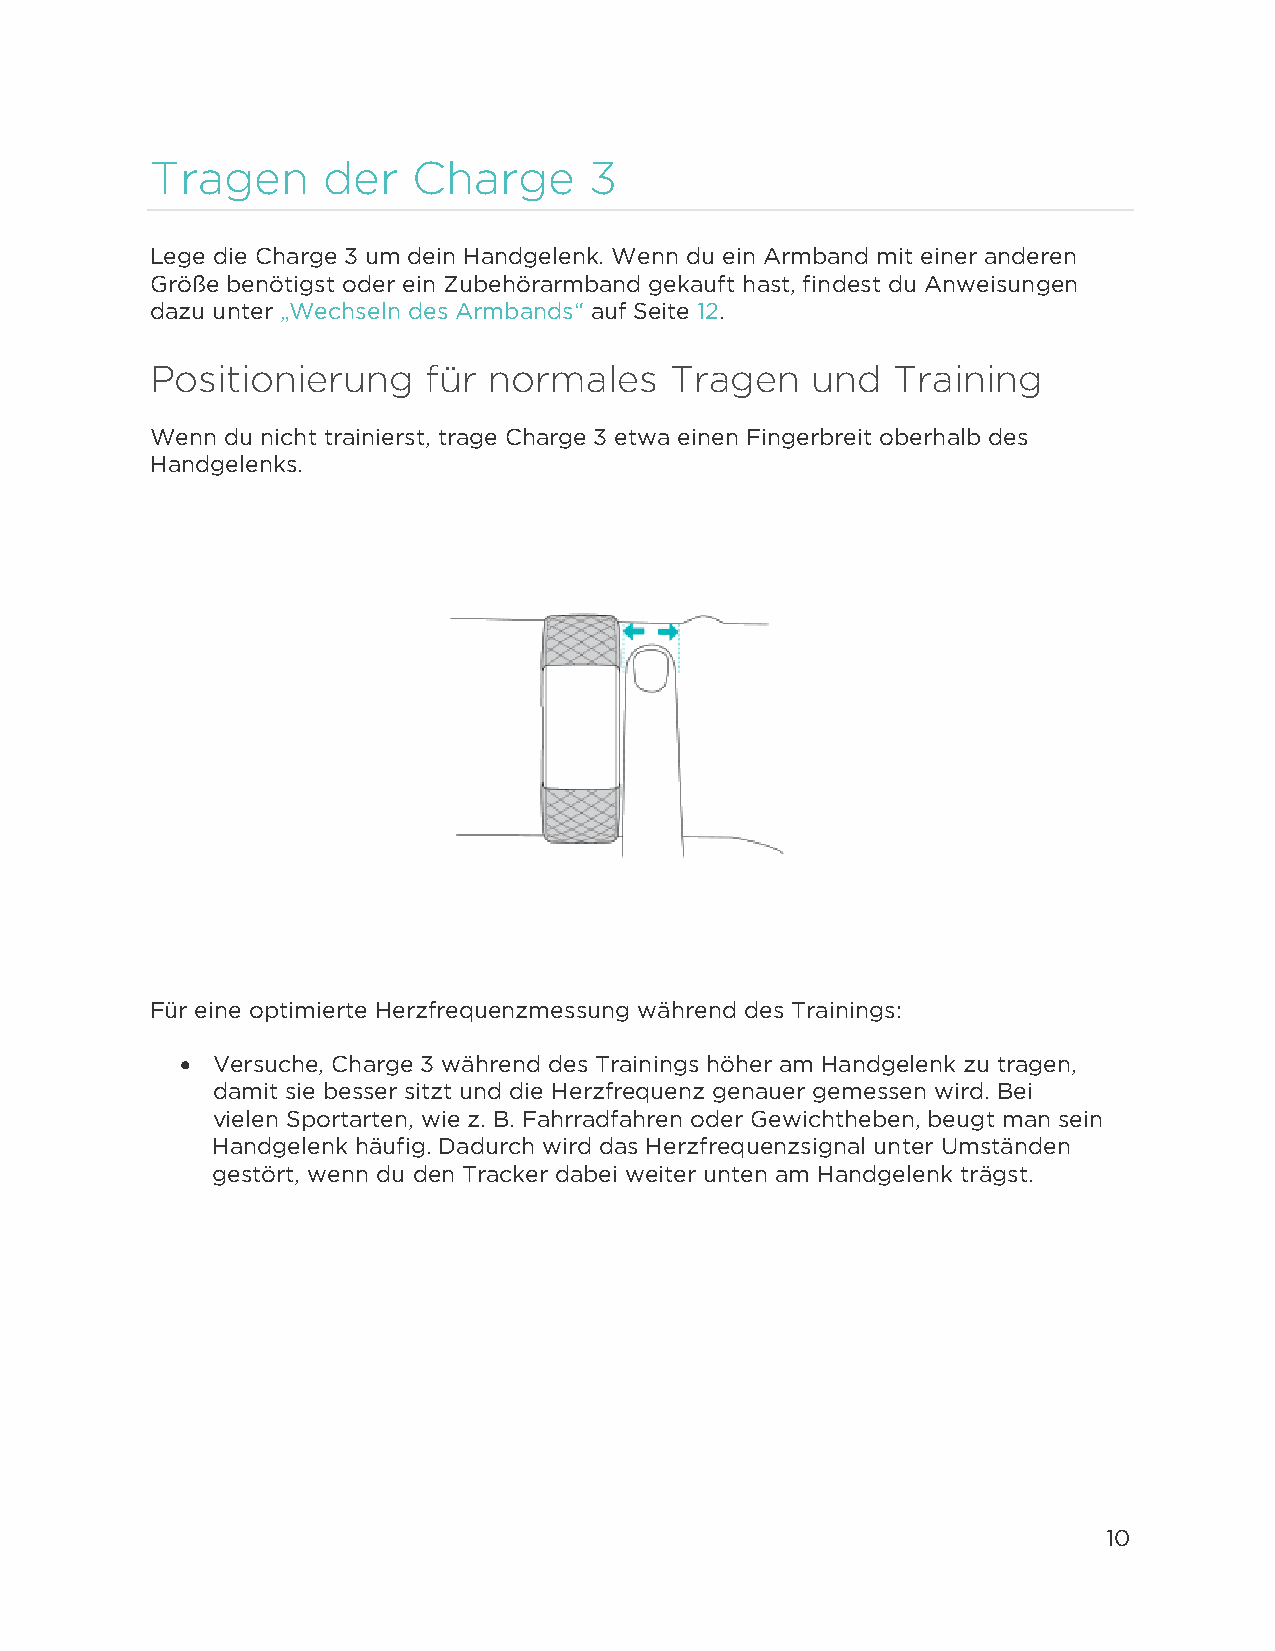
Tragen     der   Charge      3
 Lege die Charge 3 um dein Handgelenk. Wenn du ein Armband mit einer anderen
 Größe benötigst oder ein Zubehörarmband gekauft hast, findest du Anweisungen
 dazu unter „Wechseln des Armbands“ auf Seite 12.
 Positionierung    für normales    Tragen    und  Training
 Wenn du nicht trainierst, trage Charge 3 etwa einen Fingerbreit oberhalb des
 Handgelenks.
 Für eine optimierte Herzfrequenzmessung während des Trainings:
 • Versuche, Charge 3 während des Trainings höher am Handgelenk zu tragen,
 damit sie besser sitzt und die Herzfrequenz genauer gemessen wird. Bei
 vielen Sportarten, wie z. B. Fahrradfahren oder Gewichtheben, beugt man sein
 Handgelenk häufig. Dadurch wird das Herzfrequenzsignal unter Umständen
 gestört, wenn du den Tracker dabei weiter unten am Handgelenk trägst.
 10